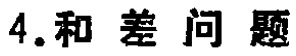
4.和差问题